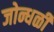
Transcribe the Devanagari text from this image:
जोन्धळी